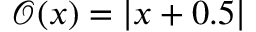
\mathcal { O } ( x ) = | x + 0 . 5 |